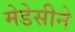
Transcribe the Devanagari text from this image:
मेडेसीने